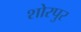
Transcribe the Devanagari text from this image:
शोरपुर